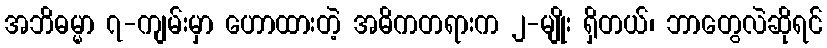
အဘိဓမ္မာ ၇-ကျမ်းမှာ ဟောထားတဲ့ အဓိကတရားက ၂-မျိုး ရှိတယ်၊ ဘာတွေလဲဆိုရင်